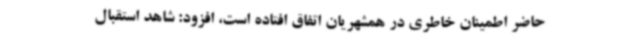
حاضر اطمینان خاطری در همشهریان اتفاق افتاده است، افزود: شاهد استقبال